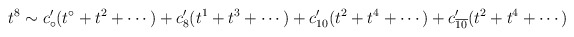
\begin{align*}t ^8 \sim c'_\circ (t ^\circ +t^2 + \cdots ) + c' _8 (t^1+t^3 + \cdots ) +c'_{10} ( t^2 + t^4 + \cdots ) + c'_{\overline {10}} (t^2 + t^4 +\cdots )\end{align*}